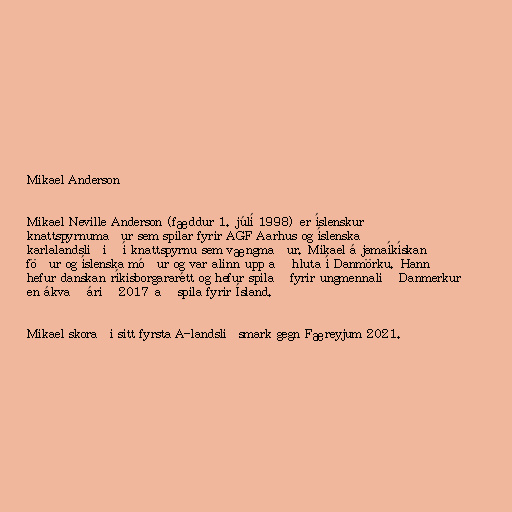
Mikael Anderson

Mikael Neville Anderson (fæddur 1. júlí 1998) er íslenskur
knattspyrnumaður sem spilar fyrir AGF Aarhus og íslenska
karlalandsliðið í knattspyrnu sem vængmaður. Mikael á jamaíkískan
föður og íslenska móður og var alinn upp að hluta í Danmörku. Hann
hefur danskan ríkisborgararétt og hefur spilað fyrir ungmennalið Danmerkur
en ákvað árið 2017 að spila fyrir Ísland.

Mikael skoraði sitt fyrsta A-landsliðsmark gegn Færeyjum 2021.